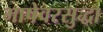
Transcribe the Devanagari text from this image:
भाषेवरसुद्धा